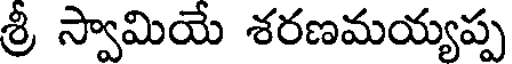
శ్రీ స్వామియే శరణమయ్యప్ప